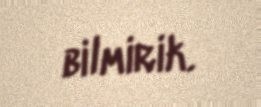
bilmirik.